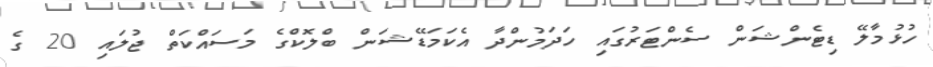
ހުޅުމާލޭ ޑިޓެންޝަން ސެންޓަރުގައި ހަދަމުންދާ އެކަމަޑޭޝަން ބްލޮކްގެ މަސައްކަތް ޖުލައި 20 ގެ